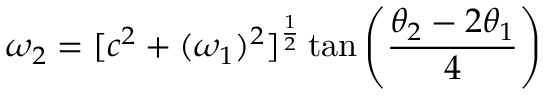
\omega _ { 2 } = [ c ^ { 2 } + ( \omega _ { 1 } ) ^ { 2 } ] ^ { \frac { 1 } { 2 } } \tan \left( { \frac { \theta _ { 2 } - 2 \theta _ { 1 } } { 4 } } \right)